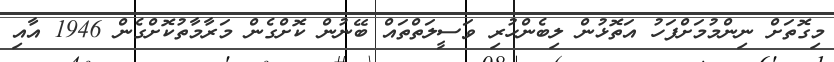
މިގޮތަށް ނިންމުމަށްފަހު އަތޮޅުން ލިބެންހުރި ވަސީލަތްތައް ބޭނުން ކޮށްގެން މަރާމާތުކޮށްގެން 1946 އާއި